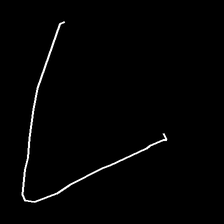
Glyph: region